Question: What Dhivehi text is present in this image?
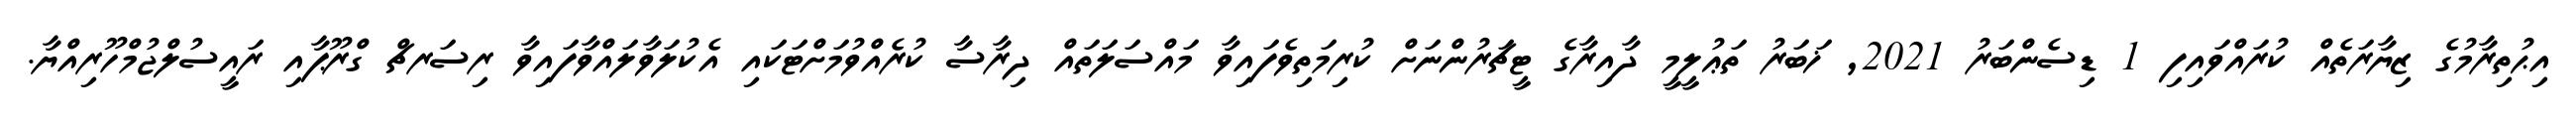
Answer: އިޙުތިރާމުގެ ޒިޔާރަތެއް ކުރައްވައިފި 1 ޑިސެންބަރު 2021, ޚަބަރު ތަޢުލީމީ ދާއިރާގެ ޓީޗަރުންނަށް ކުރިމަތިވެފައިވާ މައްސަލަތައް ދިރާސާ ކުރެއްވުމަށްޓަކައި އެކުލަވާލައްވާފައިވާ ރިސަރޗް ގްރޫޕާއި ރައީސުލްޖުމްހޫރިއްޔާ.